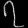
Digit: ၇